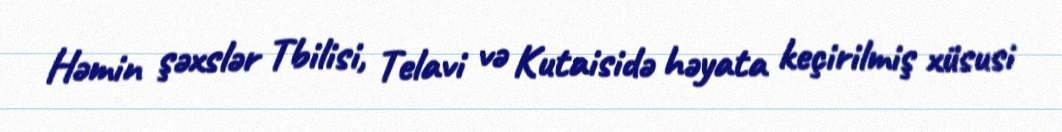
Həmin şəxslər Tbilisi, Telavi və Kutaisidə həyata keçirilmiş xüsusi